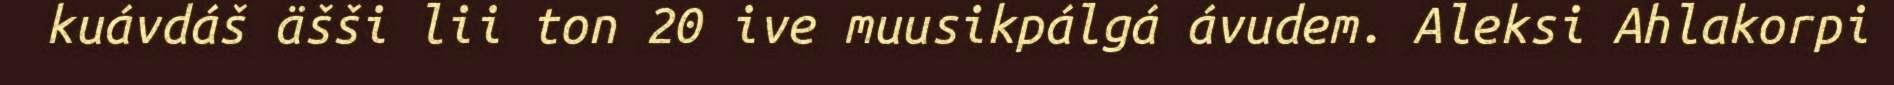
kuávdáš äšši lii ton 20 ive muusikpálgá ávudem. Aleksi Ahlakorpi